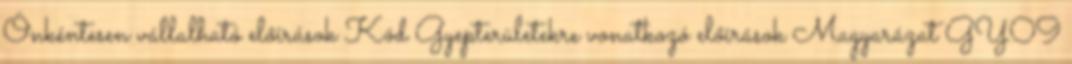
Önkéntesen vállalható előírások Kód Gyepterületekre vonatkozó előírások Magyarázat GY09